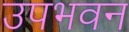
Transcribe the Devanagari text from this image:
उपभवन